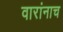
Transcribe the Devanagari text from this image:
वारांनाच